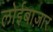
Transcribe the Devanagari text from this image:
लोईबाज़ार